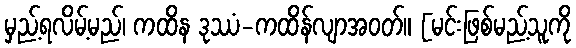
မှည့်ရလိမ့်မည်၊ ကထိန ဒုဿံ-ကထိန်လျာအဝတ်။ [မင်းဖြစ်မည့်သူကို